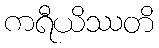
ကရီယိဿတိ